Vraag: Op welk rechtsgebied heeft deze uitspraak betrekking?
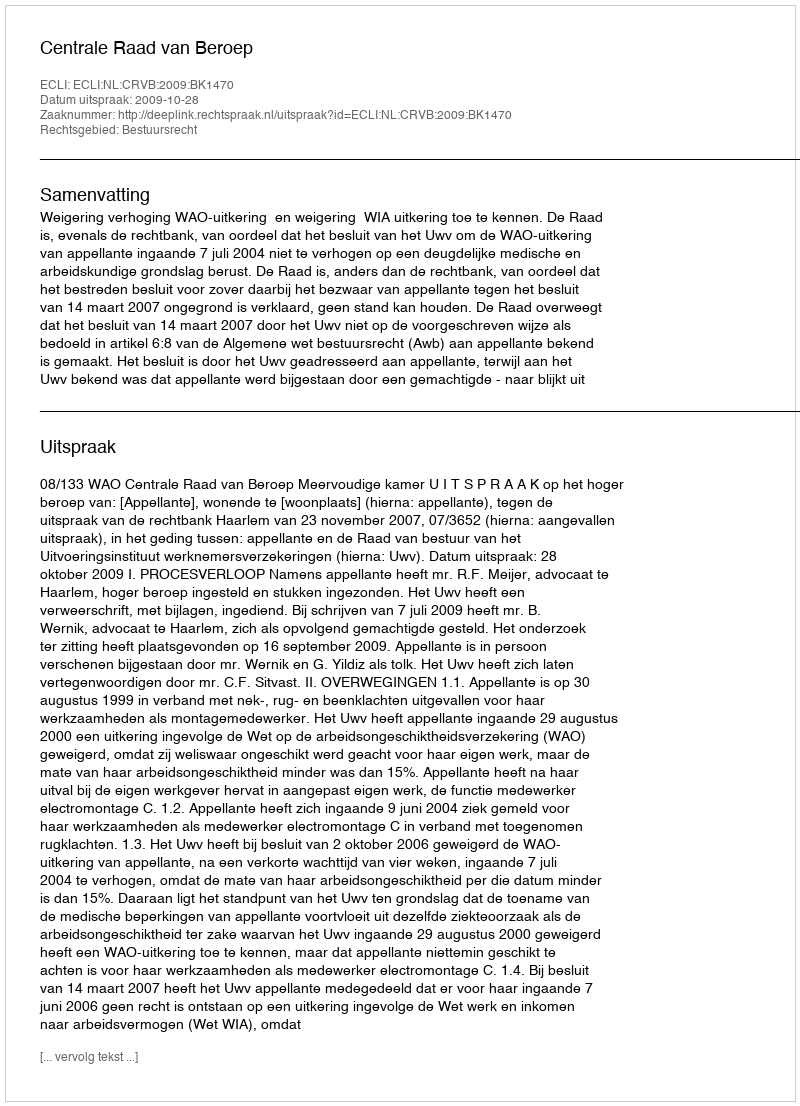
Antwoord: Bestuursrecht